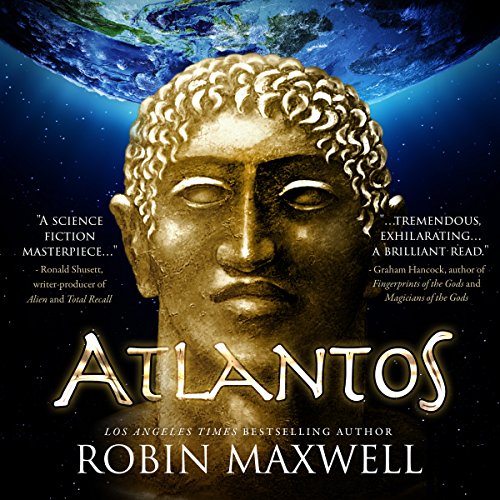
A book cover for Atlantos: The Early Erthe Chronicles Book 1; Robin Maxwell; Science Fiction & Fantasy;